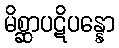
မိစ္ဆာပဋိပန္နော